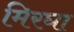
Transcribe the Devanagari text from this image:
मिरघा